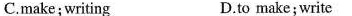
C.make;writing D.to make; write